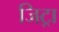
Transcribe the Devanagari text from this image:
जिट्रा